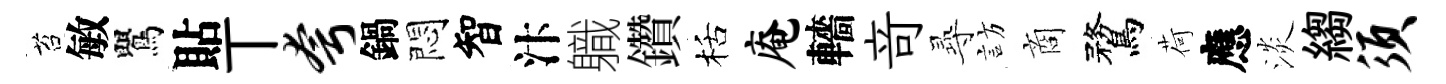
苔敏鸎貼丅夸鍋悶智汴軄鑽栝庵轖竒𡬶訪商鶩荷應淡縐须